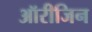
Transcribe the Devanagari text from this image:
ऑरीजिन